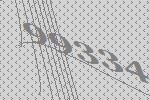
99334